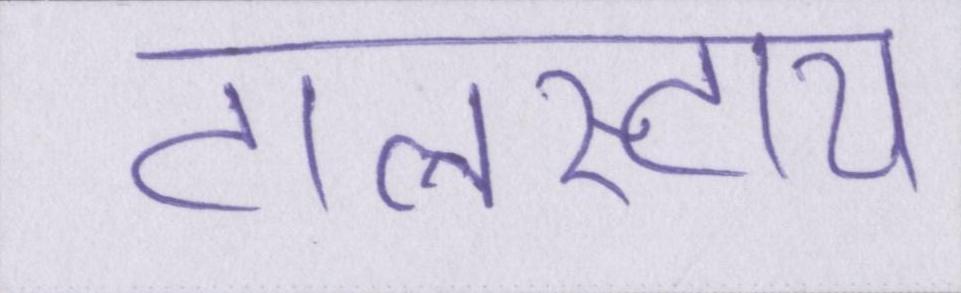
टालस्टाय